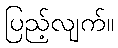
ပြည့်လျက်။